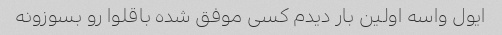
ایول واسه اولین بار دیدم کسی موفق شده باقلوا رو بسوزونه